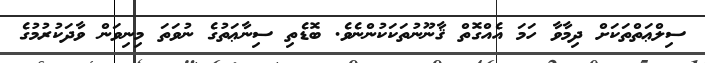
ސިލްޢަތްތަކަށް ދިމާވާ ހަމަ އެއްގޮތް ޤާނޫނުތަކަކުންނެވެ. ބޮޑެތި ސިނާޢަތުގެ ނުވަތަ މިނިވަން ވާދަކުރުމުގެ